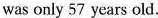
was only 57 years old.